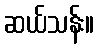
ဆယ်သန်း။